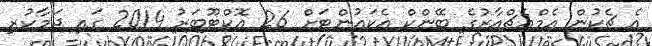
އެ ޗެކުން އެމްއެޗްއާރުގެ ބޭންކް އެކައުންޓަށް 26 އޮކްޓޫބަރު 2014 ގައި ޖަމާކުރި